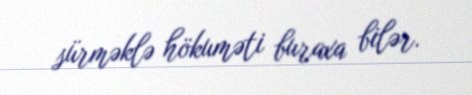
sürməklə hökuməti buraxa bilər.